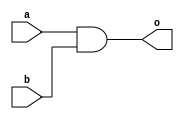
`timescale 1ns / 1ps
//////////////////////////////////////////////////////////////////////////////////
// Company: 
// Engineer: 
// 
// Design Name: 
// Module Name:    andgate 
// Project Name: 
// Target Devices: 
// Tool versions: 
// Description: 
//
// Dependencies: 
//
// Revision: 
// Revision 0.01 - File Created
// Additional Comments: 
//
//////////////////////////////////////////////////////////////////////////////////
module andgate(a,b,o
    );
input a,b;
output o;

assign o=a&b;

endmodule